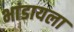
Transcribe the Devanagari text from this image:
भांडायला